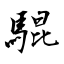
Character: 騉